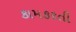
કામકરતી